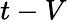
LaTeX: t-V